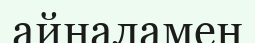
айналамен